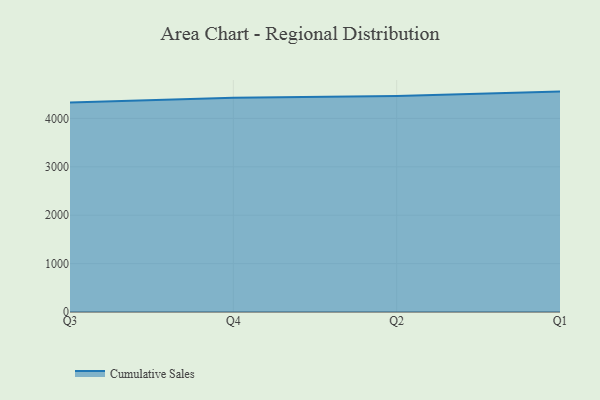
{"axis": {"x": "Quarter", "y": "Operating Costs (USD K)"}, "legend": ["Cumulative Sales"], "data": [{"x": "Q3", "y": 4326.9, "type": "Cumulative Sales"}, {"x": "Q4", "y": 4425.6, "type": "Cumulative Sales"}, {"x": "Q2", "y": 4461.7, "type": "Cumulative Sales"}, {"x": "Q1", "y": 4554.6, "type": "Cumulative Sales"}]}